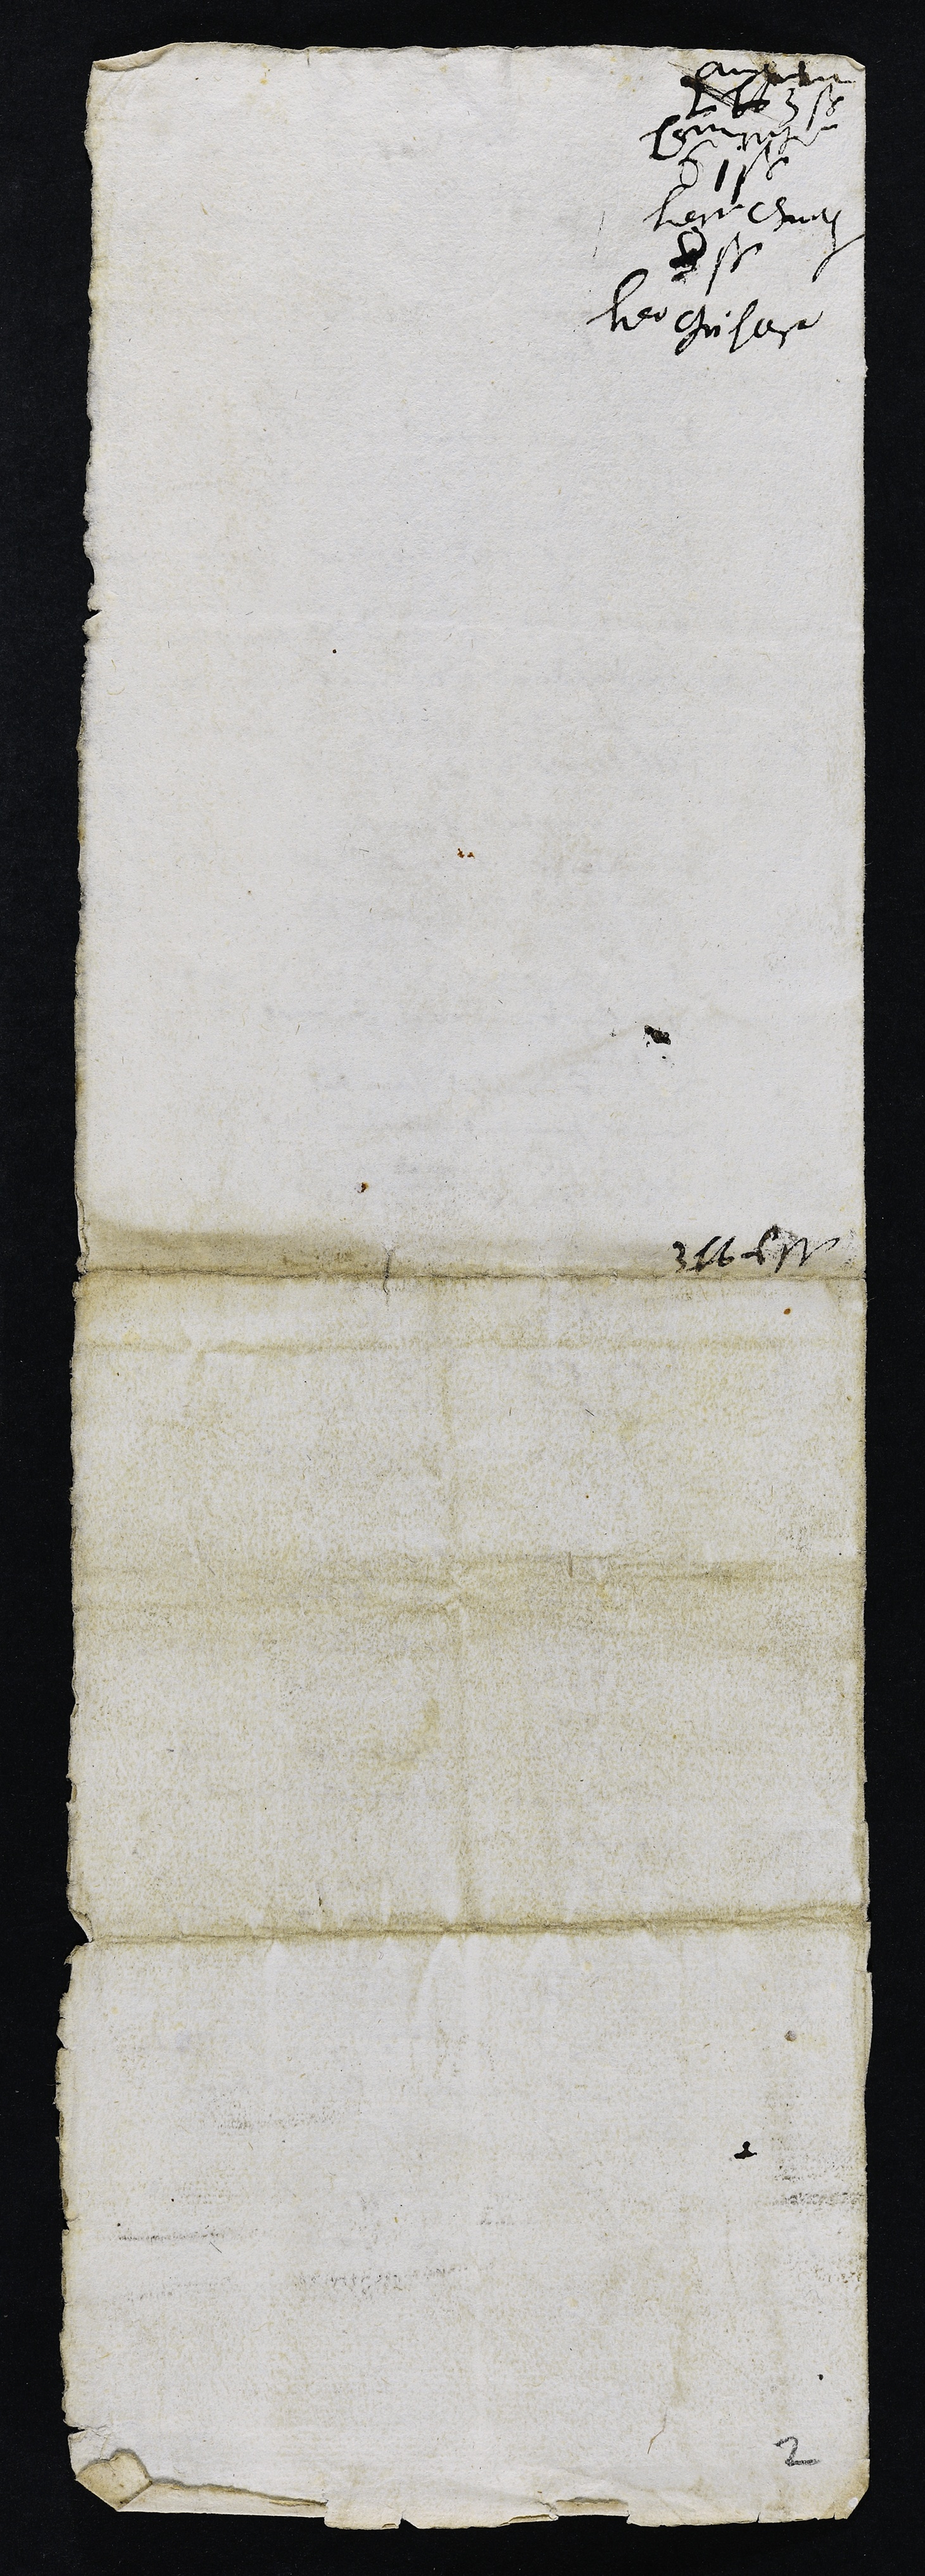
Amptleute
L lb 3 s.
????
61 s.
herr henry
V s.
herr grosvoeble
3 lb ? s.